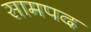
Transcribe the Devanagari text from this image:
सामपद